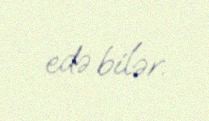
edə bilər.